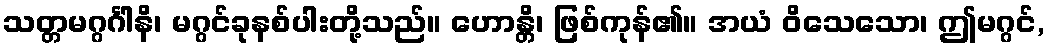
သတ္တမဂ္ဂင်္ဂါနိ၊ မဂ္ဂင်ခုနစ်ပါးတို့သည်။ ဟောန္တိ၊ ဖြစ်ကုန်၏။ အယံ ဝိသေသော၊ ဤမဂ္ဂင်,